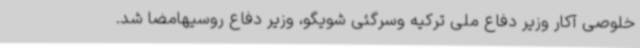
خلوصی آکار وزیر دفاع ملی ترکیه وسرگئی شویگو، وزیر دفاع روسیهامضا شد.